Vaccination Hyderabad 1890-1903 - 1890-1903
Year: 1890
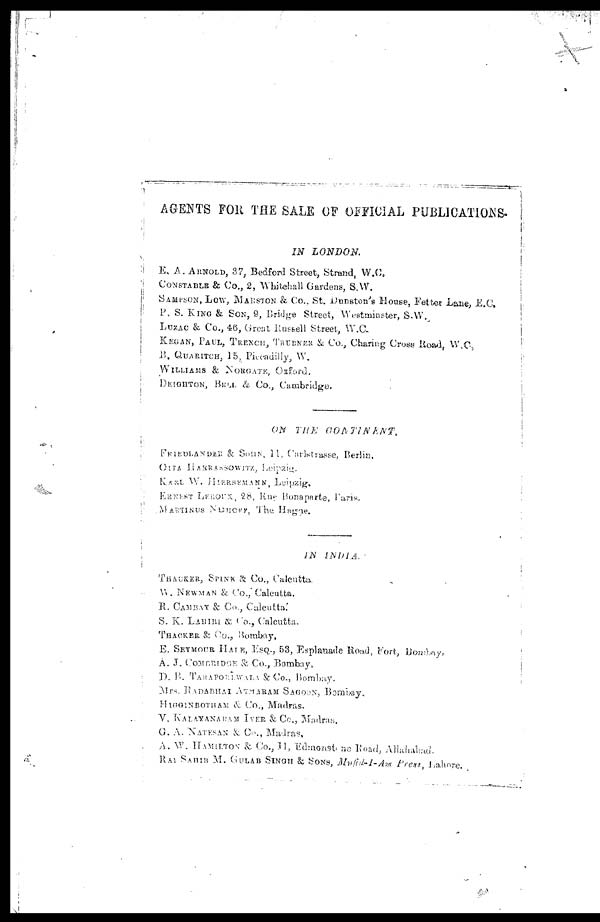
AGENTS FOR THE SALE OF OFFICIAL PUBLICATIONS.
IN LONDON.
E. A. ARNOLD, 87, Bedford Street, Strand, W.C.
CONSTABLE & Co., 2, Whitehall Gardens, S.W.
SAMPSON, LOW, MARSTON & Co., St. Dunston's House, Fetter Lane, E.C.
P. S. KING & SON, 9, Bridge Street, Westminster, S.W.,
LUZAC & Co., 46, Great Russell Street, W.C.
KEGAN, PAUL, TRENCH, TRUBNER & Co., Charing Cross Road, W.C.
B. QUARITCH, 15, Piccadilly, W.
WILLIAMS & NORGATE, Oxford.
DEIGHTON, BELL A. Co., Cambridge.
ON THE
CONTINENT.
FRIEDLANDER & SONN, 11, Carlstrasse, Berlin.
OITA HARRASSOWITZ, Leipzig.
KARL W. HIERSEMANN, Leipzig.
ERNEST LEROEX, 28, Rue Bonaparte, Paris.
MARTINUS NUHOFF, The Hagae.
IN
INDIA.
THACKER, SPINK & Co., Calcutta.
W. NEWMAN & Co., Calcutta.
R. CAMBAY & Co., Calcutta.
S. K. LAHIRI & Co., Calcutta.
THACKER & Co., Bombay.
E. SEYMOUR HALE, ESQ., 53, Esplanade Road, Fort, Bombay,
A. J. COMBRIDGE & Co., Bombay.
D. B. TARAPOREWALA & Co., Bombay.
Mrs. RADABHAI ATMARAM SAGOON, Bombay.
HIGGINBOTHAM & Co., Madras.
V. KALAVANARAM IYER & CO., Madras.
G. A. NATESAN & Co., Madras,
A. W. HAMILTON & Co., 11, Edmonstone Road, Allahabad.
RAI SAHIB M. GULAB SINGH & SONS, Mufid-I-Am Press, Lahore.